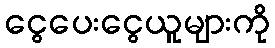
ငွေပေးငွေယူများကို